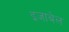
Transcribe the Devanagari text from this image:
इजाबेल